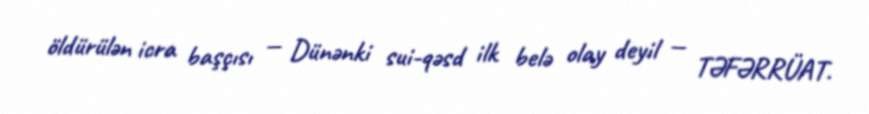
öldürülən icra başçısı — Dünənki sui-qəsd ilk belə olay deyil — TƏFƏRRÜAT.